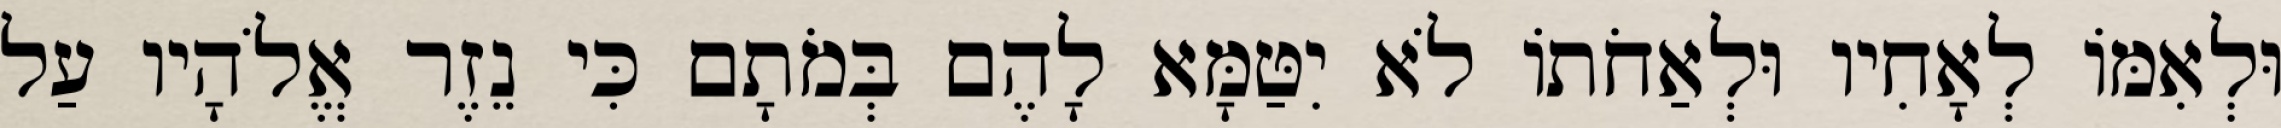
וּלְאִמּוֹ לְאָחִיו וּלְאַחֹתוֹ לֹא יִטַּמָּא לָהֶם בְּמֹתָם כִּי נֵזֶר אֱלֹהָיו עַל